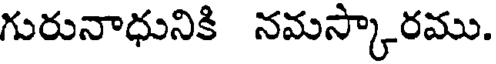
గురునాధునికి నమస్కారము.